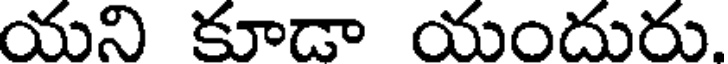
యని కూడా యందుదు.